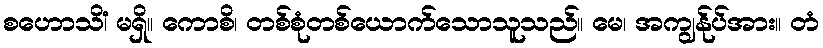
စဟောသိံ၊ မရှိ။ ကောစိ၊ တစ်စုံတစ်ယောက်သောသူသည်။ မေ၊ အကျွန်ုပ်အား။ တံ